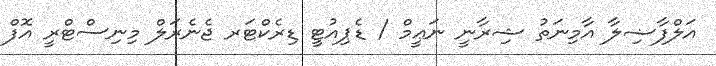
އަލްފާޟިލާ އާމިނަތު ޝިރާނީ ނަޢީމް / ޑެޕިއުޓީ ޑިރެކްޓަރ ޖެނެރަލް މިނިސްޓްރީ އޮފް